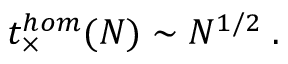
t _ { \times } ^ { h o m } ( N ) \sim N ^ { 1 / 2 } \; .